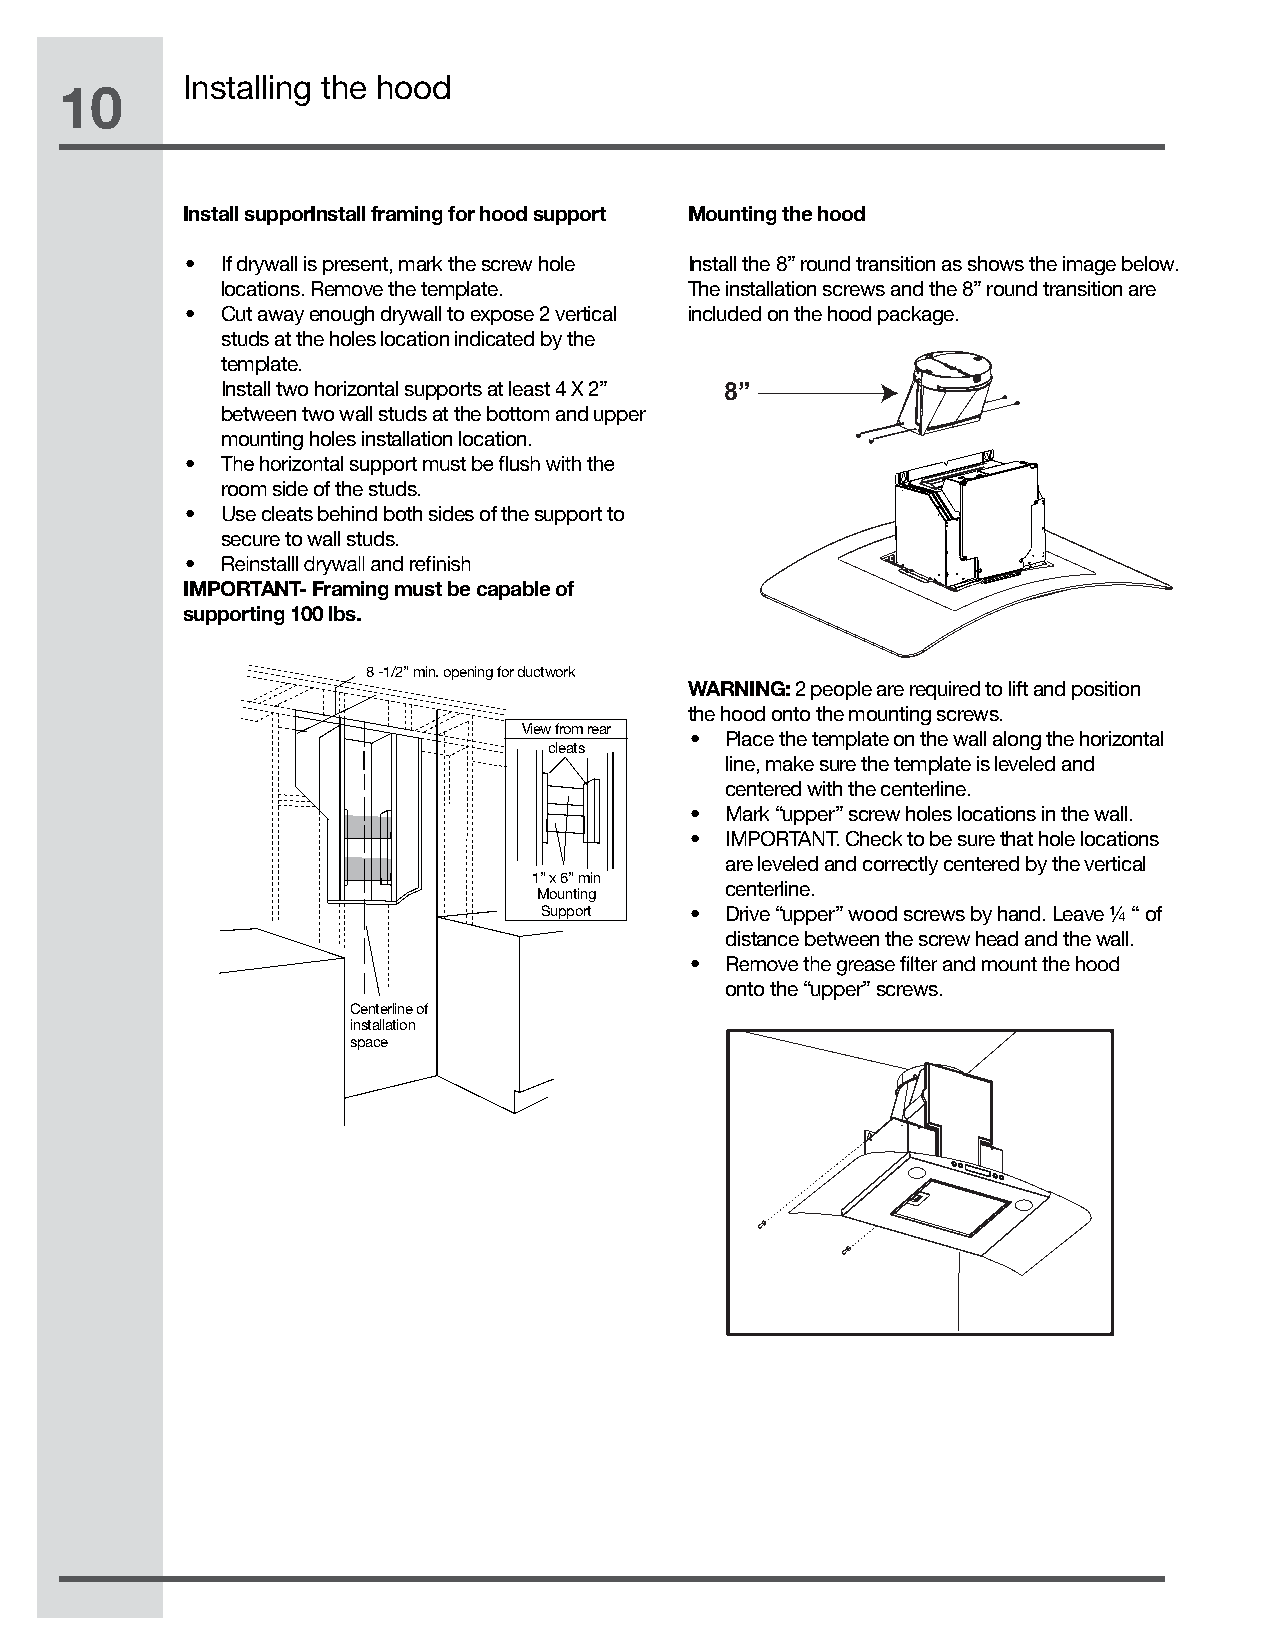
Installing the hood
 10
 Install supporInstall framing for hood support Mounting the hood
 •  If drywall is present, mark the screw hole Install the 8” round transition as shows the image below.
 locations. Remove the template. The installation screws and the 8” round transition are
 •  Cut away enough drywall to expose 2 vertical included on the hood package.
 studs at the holes location indicated by the
 template.
 Install two horizontal supports at least 4 X 2” 8”
 between two wall studs at the bottom and upper
 mounting holes installation location.
 •
 room side of the studs.
 •  Use cleats behind both sides of the support to
 secure to wall studs.
 •
 IMPORTANT- Framing must be capable of
 supporting 100 lbs.
 8 -1/2” min. opening for ductwork
 WARNING: 2 people are required to lift and position
 the hood onto the mounting screws.
 View from rear
 • Place the template on the wall along the horizontal
 cleats
 line, make sure the template is leveled and
 centered with the centerline.
 • Mark “upper” screw holes locations in the wall.
 • IMPORTANT. Check to be sure that hole locations
 are leveled and correctly centered by the vertical
 1” x 6” min
 centerline.
 Mounting
 Support   • Drive “upper” wood screws by hand. Leave ¼ “ of
 distance between the screw head and the wall.
 •
 onto the “upper” screws.
 Centerline of
 installation
 space